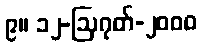
၉။ ၁၂-ဩဂုတ်-၂၀၀၀